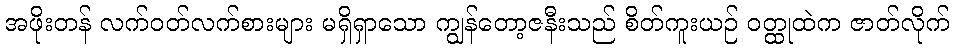
အဖိုးတန် လက်ဝတ်လက်စားများ မရှိရှာသော ကျွန်တော့ဇနီးသည် စိတ်ကူးယဉ် ဝတ္ထုထဲက ဇာတ်လိုက်